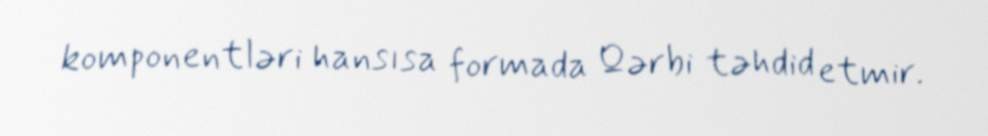
komponentləri hansısa formada Qərbi təhdid etmir.